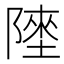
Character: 𱀬